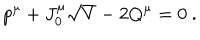
p ^ { \mu } + J _ { 0 } ^ { \mu } \sqrt { V } - 2 Q ^ { \mu } = 0 \ .